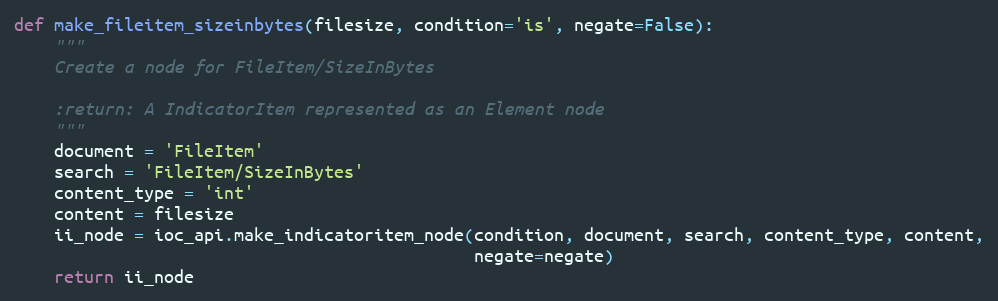
Language: Python
def make_fileitem_sizeinbytes(filesize, condition='is', negate=False):
    """
    Create a node for FileItem/SizeInBytes

    :return: A IndicatorItem represented as an Element node
    """
    document = 'FileItem'
    search = 'FileItem/SizeInBytes'
    content_type = 'int'
    content = filesize
    ii_node = ioc_api.make_indicatoritem_node(condition, document, search, content_type, content,
                                              negate=negate)
    return ii_node